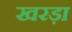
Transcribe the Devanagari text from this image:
खरड़ा